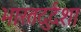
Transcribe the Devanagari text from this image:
भारतदुर्दशा